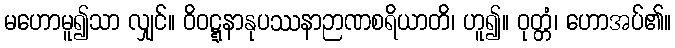
မဟောမူ၍သာ လျှင်။ ဝိဝဋ္ဋနာနုပဿနာဉာဏစရိယာတိ၊ ဟူ၍။ ဝုတ္တံ၊ ဟောအပ်၏။